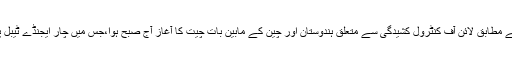
دفاعی ذرائع کے مطابق لائن آف کنٹرول کشیدگی سے متعلق ہندوستان اور چین کے مابین بات چیت کا آغاز آج صبح ہوا،جس میں چار ایجنڈے ٹیبل پر موجود تھے۔